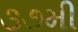
૩૭મી